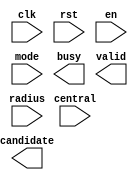
module SET ( clk , rst, en, central, radius, mode, busy, valid, candidate );

input clk, rst;
input en;
input [23:0] central;
input [11:0] radius;
input [1:0] mode;
output busy;
output valid;
output [7:0] candidate;


endmodule